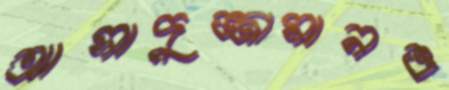
আসাদুজ্জামানও